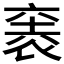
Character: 𮖋